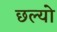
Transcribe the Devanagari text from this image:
छल्‍यो